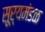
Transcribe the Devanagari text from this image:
सूर्यमंडळ